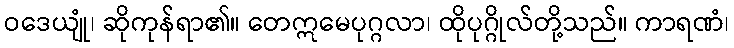
ဝဒေယျုံ၊ ဆိုကုန်ရာ၏။ တေဣမေပုဂ္ဂလာ၊ ထိုပုဂ္ဂိုလ်တို့သည်။ ကာရဏံ၊